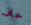
خاف